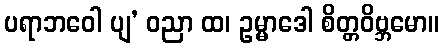
ပရာဘဝေါ ပျ’ ဝညာ ထ၊ ဥမ္မာဒေါ စိတ္တဝိဗ္ဘမော။